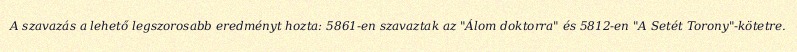
A szavazás a lehető legszorosabb eredményt hozta: 5861-en szavaztak az "Álom doktorra" és 5812-en "A Setét Torony"-kötetre.